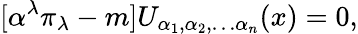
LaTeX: \lbrack\alpha^{\lambda}\pi_{\lambda}-m]U_{\alpha_{1},\alpha_{2},\ldots\alpha_{n}}(x)=0,